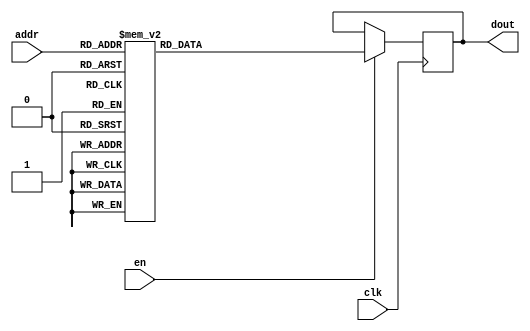
`timescale 1ns / 1ps
/*
Copyright
All right reserved.
Module Name: rom_syn
Author  : Zichuan Liu, Yixing Li and Wenye Liu.
Description:
A synthesized ROM: ROM_DEP x ROM_WID
*/
module EC_1_REF_ROM_2(
// inputs
clk,
en,
addr,
// outputs
dout
);
localparam ROM_WID = 12;
localparam ROM_DEP = 32;
localparam ROM_ADDR = 5;
// input definition
input clk;
input en;
input [ROM_ADDR-1:0] addr;
// output definition
output [ROM_WID-1:0] dout;
reg [ROM_WID-1:0] data;
always @(posedge clk)
begin
if (en) begin
case(addr)
		5'd0: data <= 12'b010011000100;
		5'd1: data <= 12'b010011010110;
		5'd2: data <= 12'b010100011000;
		5'd3: data <= 12'b010001111101;
		5'd4: data <= 12'b010010011011;
		5'd5: data <= 12'b010011100011;
		5'd6: data <= 12'b010100000101;
		5'd7: data <= 12'b010011000111;
		5'd8: data <= 12'b010010111101;
		5'd9: data <= 12'b010010111101;
		5'd10: data <= 12'b010011010001;
		5'd11: data <= 12'b001111011110;
		5'd12: data <= 12'b010011000010;
		5'd13: data <= 12'b010100100111;
		5'd14: data <= 12'b010001101100;
		5'd15: data <= 12'b010011001100;
		5'd16: data <= 12'b010010111110;
		5'd17: data <= 12'b010011010001;
		5'd18: data <= 12'b010010100100;
		5'd19: data <= 12'b010011101100;
		5'd20: data <= 12'b010010110100;
		5'd21: data <= 12'b010010100110;
		5'd22: data <= 12'b010001110010;
		5'd23: data <= 12'b010011000100;
		5'd24: data <= 12'b010010101110;
		5'd25: data <= 12'b010011100110;
		5'd26: data <= 12'b010010110111;
		5'd27: data <= 12'b010011001111;
		5'd28: data <= 12'b010010011000;
		5'd29: data <= 12'b010010101010;
		5'd30: data <= 12'b010100010010;
		5'd31: data <= 12'b010010010010;
		endcase
		end
	end
	assign dout = data;
endmodule